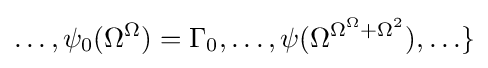
\ldots ,\psi _{0}(\Omega ^{\Omega })=\Gamma _{0},\ldots ,\psi (\Omega ^{\Omega ^{\Omega }+\Omega ^{2}}),\ldots \}